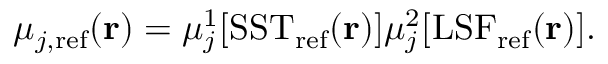
\mu _ { j , \mathrm { r e f } } ( \mathbf { r } ) = \mu _ { j } ^ { 1 } [ \mathrm { S S T } _ { \mathrm { r e f } } ( \mathbf { r } ) ] \mu _ { j } ^ { 2 } [ \mathrm { L S F } _ { \mathrm { r e f } } ( \mathbf { r } ) ] .